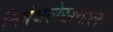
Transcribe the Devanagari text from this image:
निबंधलेखनाला